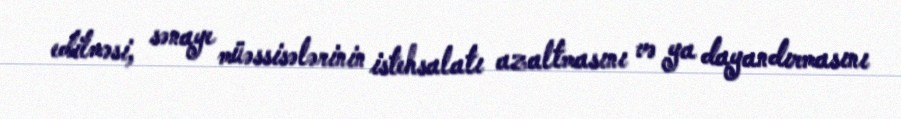
edilməsi, sənaye müəssisələrinin istehsalatı azaltmasını və ya dayandırmasını